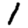
Digit: 1